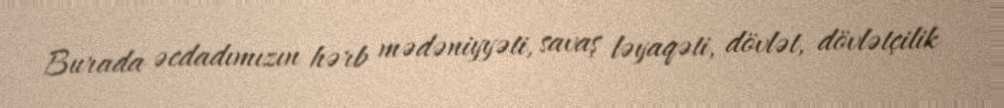
Burada əcdadımızın hərb mədəniyyəti, savaş ləyaqəti, dövlət, dövlətçilik